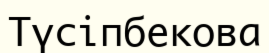
Түсіпбекова